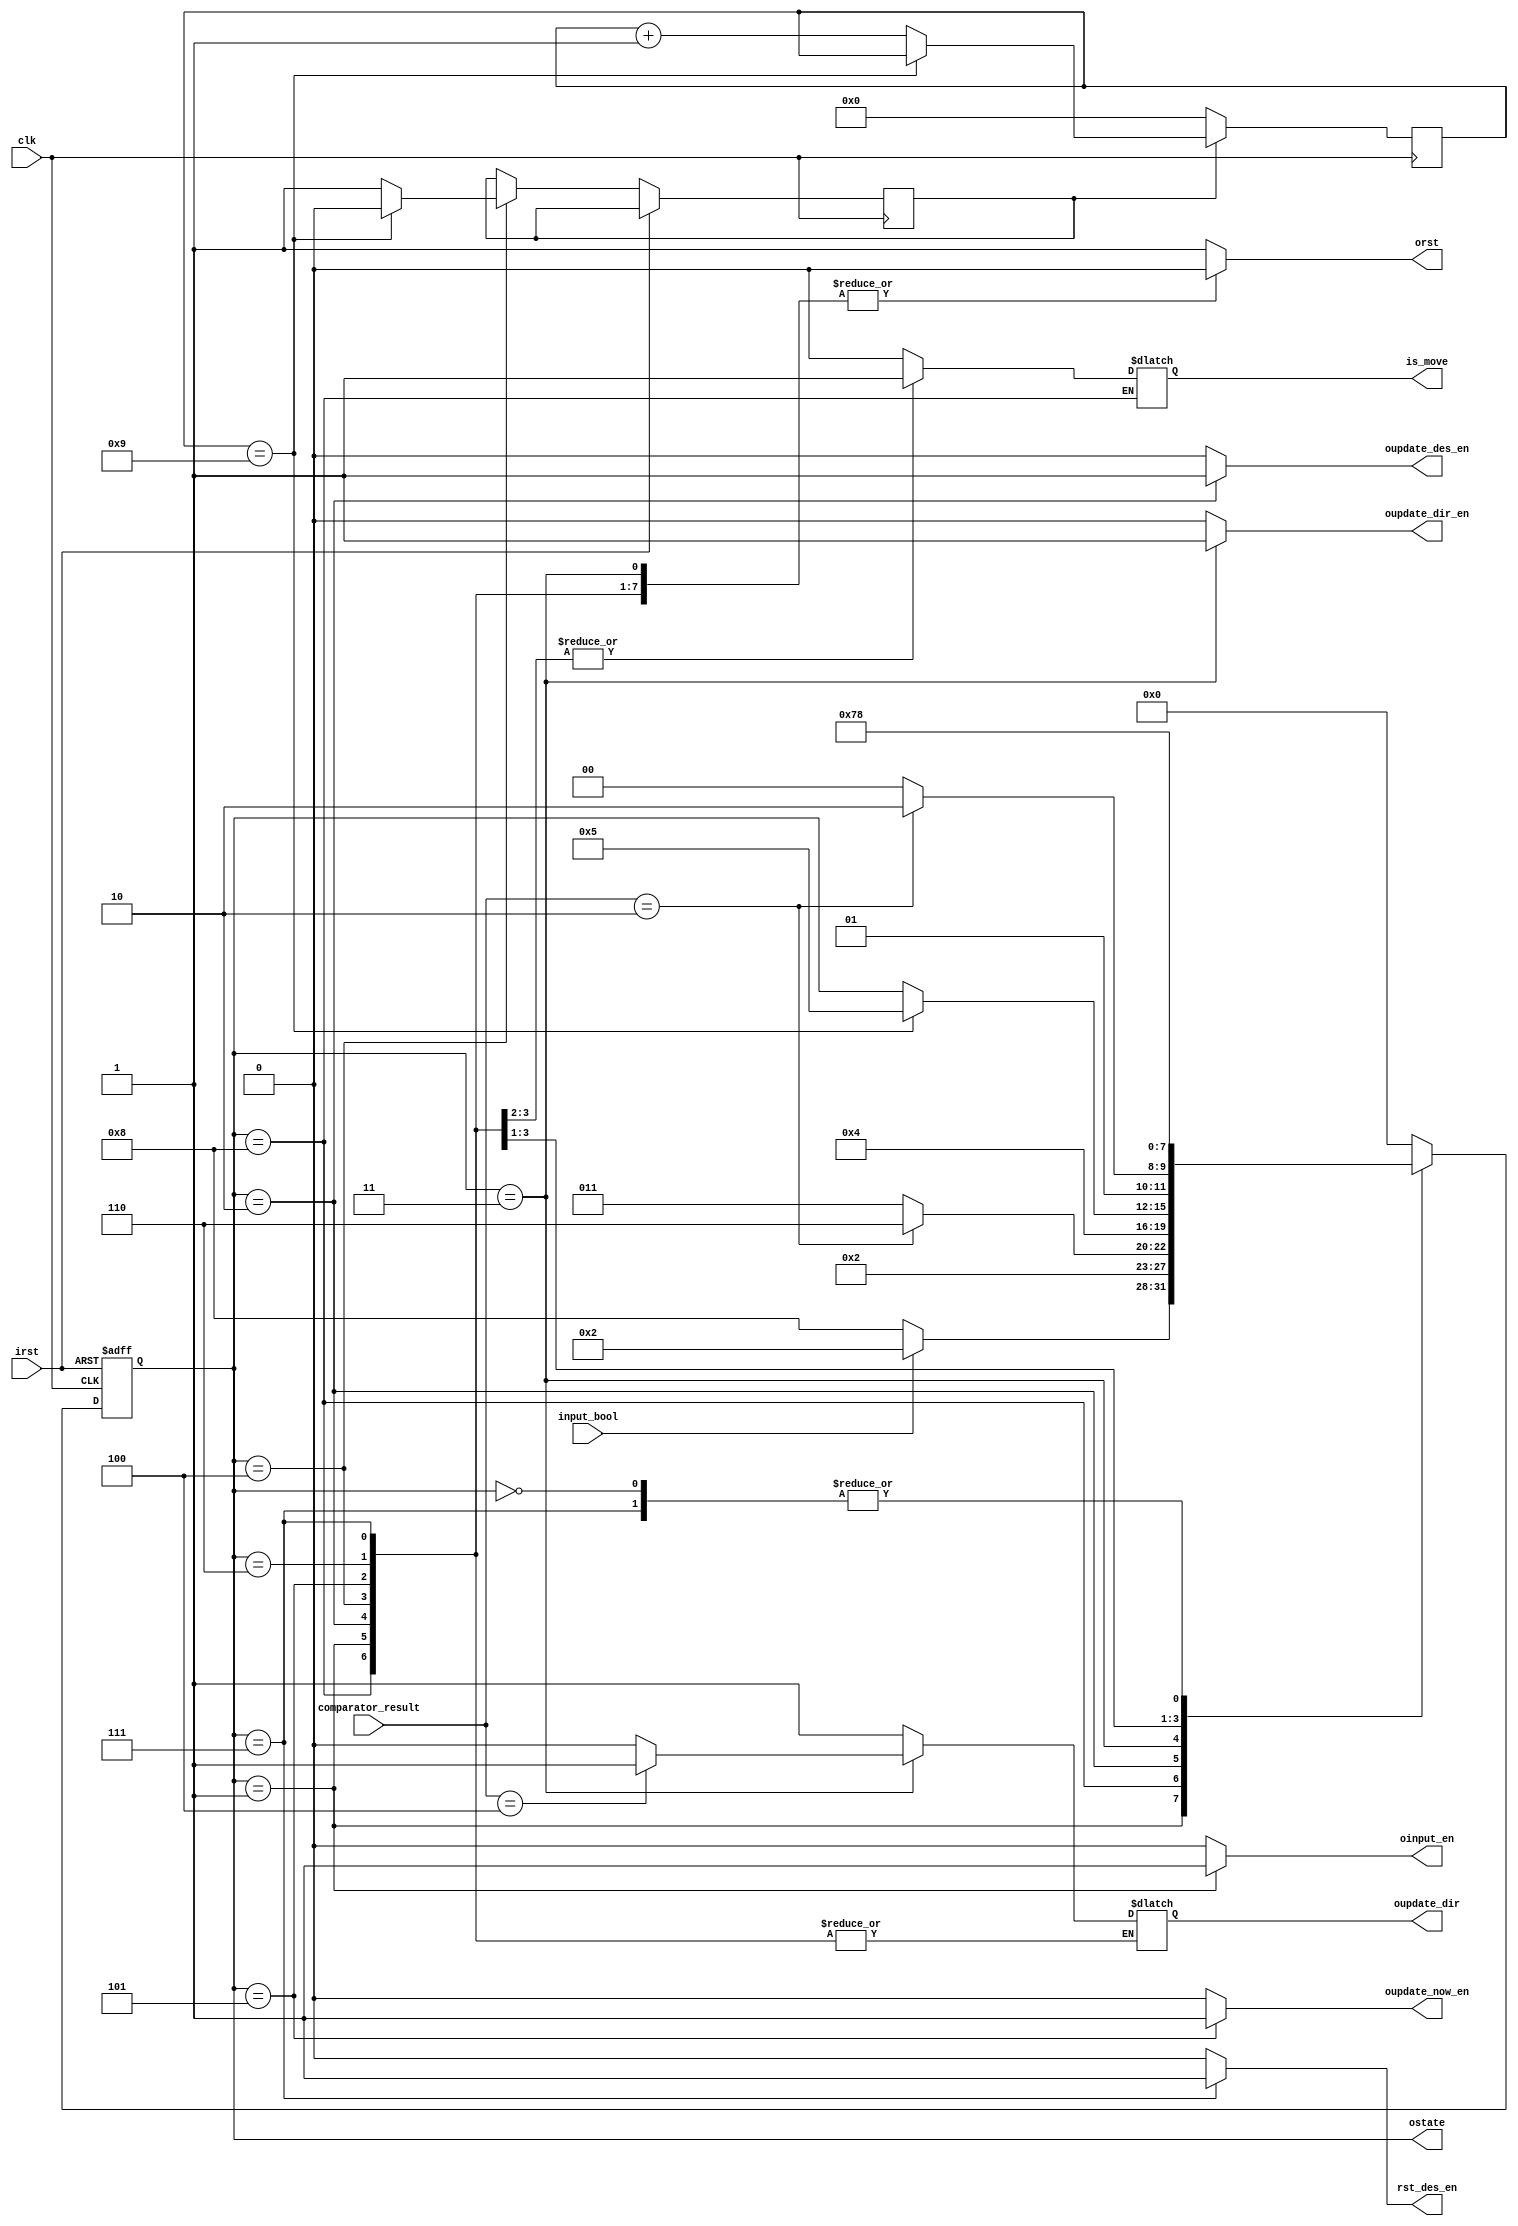
module FMS(clk,irst,input_bool,comparator_result,orst,oinput_en,oupdate_dir,oupdate_dir_en,oupdate_now_en,oupdate_des_en,rst_des_en,is_move,ostate);

    input clk;
    input irst;//
    input [2:0] comparator_result;//
    input input_bool;//

    output reg orst;
    output reg oinput_en;
    output reg oupdate_dir;
    output reg oupdate_dir_en;
    output reg oupdate_now_en;
    output reg oupdate_des_en;
    output reg rst_des_en;
    output reg is_move;

    reg [3:0] state;
    output [3:0] ostate;
    assign ostate=state;
    parameter init=4'b0000,get_input=4'b0001,update_des=4'b0010,update_dir=4'b0011,start=4'b0100,update_now=4'b0101,stop=4'b0110,rst_des=4'b0111,idle=4'b1000;
    

//++++++++++++++++++++++++++++++++++++++
// 1 
// 1
//++++++++++++++++++++++++++++++++++++++
parameter TIMER1_VAL = 10;      // 50M/50M = 1s
 
reg        timer1_enable=1'b0;
reg [25:0] timer1_cnt;
wire       timer1_done;
 
always @(posedge clk)
  if (~timer1_enable) 
    timer1_cnt <= 0;
  else if (~timer1_done) 
    timer1_cnt <= timer1_cnt + 1'b1;
     
assign timer1_done = (timer1_cnt == TIMER1_VAL - 1);
//--------------------------------------
// 1 
//--------------------------------------
 
 
//++++++++++++++++++++++++++++++++++++++
// 2 
// 4
//++++++++++++++++++++++++++++++++++++++
parameter TIMER2_VAL = 100;     // 200M/50M = 4s
 
reg        timer2_enable;
reg [27:0] timer2_cnt;
wire       timer2_done;
 
always @(posedge clk)
  if (~timer2_enable) 
    timer2_cnt <= 0;
  else if (~timer2_done) 
    timer2_cnt <= timer2_cnt + 1'b1;
     
assign timer2_done = (timer2_cnt == TIMER2_VAL - 1);
//--------------------------------------
// 2 
//--------------------------------------


    always @ (posedge clk or posedge irst)
    begin
        if(irst==1'b1)
        begin    
            state<=init;
        end
        else
        begin
            case(state)
            init:begin 
                    state<=idle;
                end
            get_input:begin
                    if(input_bool==1'b1)
                        state<=update_des;
                    else 
                        state<=idle;  
                end
            idle:begin
                    state<=get_input;
                end
            update_des:begin
                    if(comparator_result==3'b010)
                        state<=stop;
                    else
                        state<=update_dir;
                end
            update_dir:begin
                   state<=start;     
                end
            start:begin
                    timer1_enable = 1'b1;
                    if(timer1_done)
                    begin
                        state<=update_now;
                        timer1_enable=1'b0;
                    end
                end
            update_now:begin
                    if(comparator_result==3'b010)
                        state<=stop;
                    else
                        state<=start;
                end
            stop:begin
                    state<=rst_des;
                end
            rst_des:begin
                    state<=idle;                
                end
            default:begin
                    state<=init;
                end
            endcase
        end  
    end

    always @ (state)
    begin
        case(state)
            init:begin 
                orst<=1'b1;
                oinput_en<=1'b0;
                oupdate_dir<=1'b1;
                oupdate_dir_en<=1'b0;
                oupdate_now_en<=1'b0;
                oupdate_des_en<=1'b0;
                rst_des_en<=1'b0;
                is_move<=1'b0;
                end
            idle:begin
                orst<=1'b0;
                oinput_en<=1'b0;
                oupdate_dir_en<=1'b0;
                oupdate_now_en<=1'b0;
                oupdate_des_en<=1'b0;
                rst_des_en<=1'b0;
                end
            get_input:begin
                orst<=1'b0;
                oinput_en<=1'b1;
                oupdate_dir_en<=1'b0;
                oupdate_now_en<=1'b0;
                oupdate_des_en<=1'b0;
                rst_des_en<=1'b0;
                is_move<=1'b0;
                end
            update_des:begin
                orst<=1'b0;
                oinput_en<=1'b0;
                oupdate_dir_en<=1'b0;
                oupdate_now_en<=1'b0;
                oupdate_des_en<=1'b1;
                rst_des_en<=1'b0;
                is_move<=1'b0;
                end
            update_dir:begin
                if(comparator_result==3'b100)
                    oupdate_dir<=1'b1;
                else 
                    oupdate_dir<=1'b0;

                orst<=1'b0;
                oinput_en<=1'b0;
                oupdate_dir_en<=1'b1;
                oupdate_now_en<=1'b0;
                oupdate_des_en<=1'b0;
                rst_des_en<=1'b0;
                is_move<=1'b0;
                end
            start:begin
                orst<=1'b0;
                oinput_en<=1'b0;
                oupdate_dir_en<=1'b0;
                oupdate_now_en<=1'b0;
                oupdate_des_en<=1'b0;
                rst_des_en<=1'b0;
                is_move<=1'b1;
                end
            update_now:begin
                orst<=1'b0;
                oinput_en<=1'b0;
                oupdate_dir_en<=1'b0;
                oupdate_now_en<=1'b1;
                oupdate_des_en<=1'b0;
                rst_des_en<=1'b0;
                is_move<=1'b1;
                end
            stop:begin
                orst<=1'b0;
                oinput_en<=1'b0;
                oupdate_dir_en<=1'b0;
                oupdate_now_en<=1'b0;
                oupdate_des_en<=1'b0;
                rst_des_en<=1'b0;
                is_move<=1'b0;
                end
            rst_des:begin
                orst<=1'b0;
                oinput_en<=1'b0;
                oupdate_dir_en<=1'b0;
                oupdate_now_en<=1'b0;
                oupdate_des_en<=1'b0;
                rst_des_en<=1'b1;
                is_move<=1'b0;
                end
            default:begin
                orst<=1'b1;
                oinput_en<=1'b0;
                oupdate_dir<=1'b1;
                oupdate_dir_en<=1'b0;
                oupdate_now_en<=1'b0;
                oupdate_des_en<=1'b0;
                rst_des_en<=1'b0;
                is_move<=1'b0;
                end
        endcase
    end

endmodule